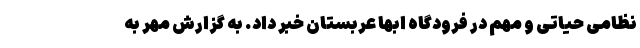
نظامی حیاتی و مهم در فرودگاه ابها عربستان خبر داد. به گزارش مهر به